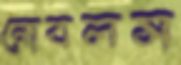
নোবলস